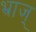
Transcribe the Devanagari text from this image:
भ्राज्